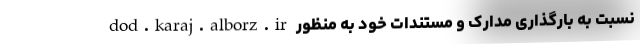
dod.karaj.alborz.ir نسبت به بارگذاری مدارک و مستندات خود به منظور